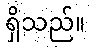
ရှိသည်။